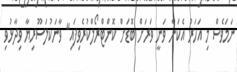
ނަމަވެސް މި އަހަރު އެކަން ވަނީ ވަރަށް ބޮޑަށް ކޮންޓްރޯލްކުރެވިފައި" ވާނަކުލަސޫރިޔާ ވިދާޅުވި